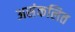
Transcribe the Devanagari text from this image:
असंकलित